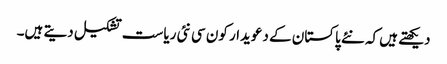
دیکھتے ہیں کہ نئے پاکستان کے دعویدار کون سی نئی ریاست تشکیل دیتے ہیں۔